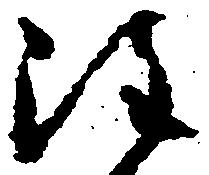
注